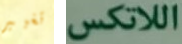
تغيير اللاتكس